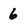
Character: 6